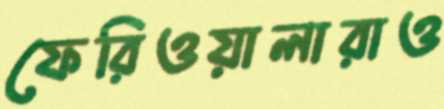
ফেরিওয়ালারাও